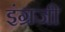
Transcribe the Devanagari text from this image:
इंंग्रजी